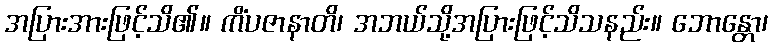
အပြားအားဖြင့်သိ၏။ ကိံပဇာနာတိ၊ အဘယ်သို့အပြားဖြင့်သိသနည်း။ ဘောန္တော၊